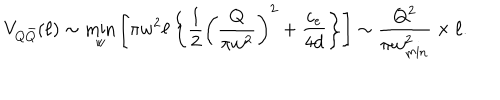
V _ { Q \bar { Q } } ( \ell ) \sim \min _ { w } \left[ \pi w ^ { 2 } \ell \left\{ \frac { 1 } { 2 } \left( \frac { Q } { \pi w ^ { 2 } } \right) ^ { 2 } + \frac { c _ { e } } { 4 d } \right\} \right] \sim \frac { Q ^ { 2 } } { \pi w _ { \mathrm { m i n } } ^ { 2 } } \times \ell .